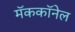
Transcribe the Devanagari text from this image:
मॅककॉनेल